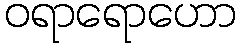
ဝရာရောဟော